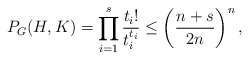
\begin{align*} P_G(H,K) = \prod_{i = 1}^s \frac{t_i!}{t_i^{t_i}} \leq \left(\frac{n+s}{2n}\right)^n, \end{align*}